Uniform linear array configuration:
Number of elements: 4
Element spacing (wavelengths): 1
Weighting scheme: blackman
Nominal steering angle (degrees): -45
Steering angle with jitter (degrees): -43.816
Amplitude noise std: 0.05
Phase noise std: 0.05

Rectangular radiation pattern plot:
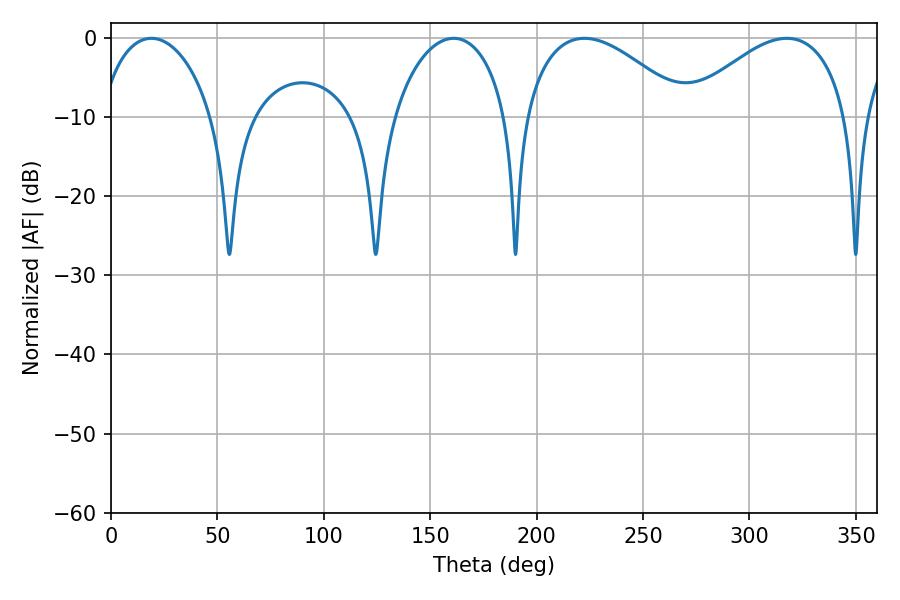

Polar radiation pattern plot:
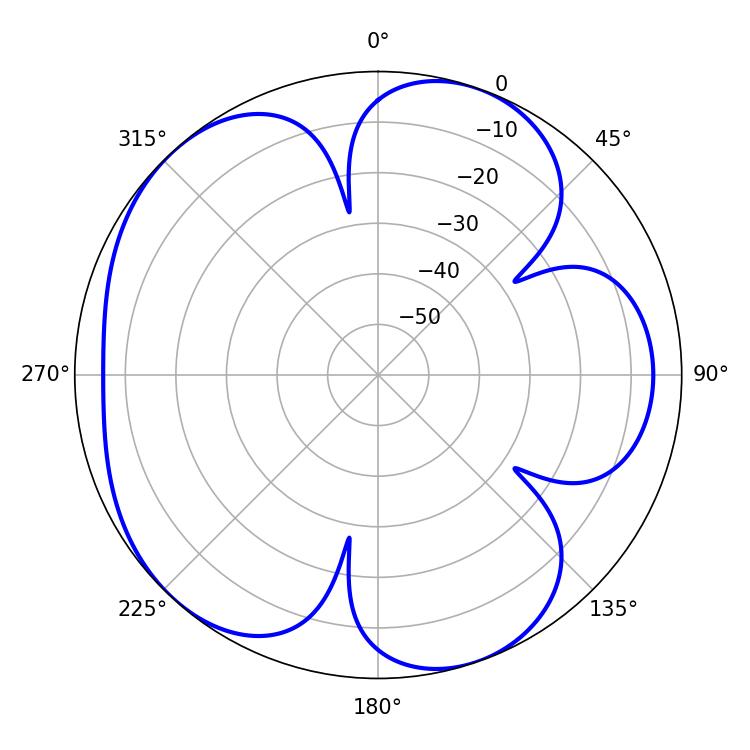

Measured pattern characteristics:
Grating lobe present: TRUE
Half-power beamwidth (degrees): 42.48
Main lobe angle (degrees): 222.48